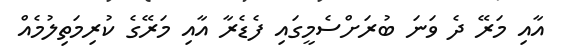
އާއި މަރޭ ދެ ވަނަ ބުރަށްސެމީގައި ފެޑެރާ އާއި މަރޭގެ ކުރިމަތިލުމެއް